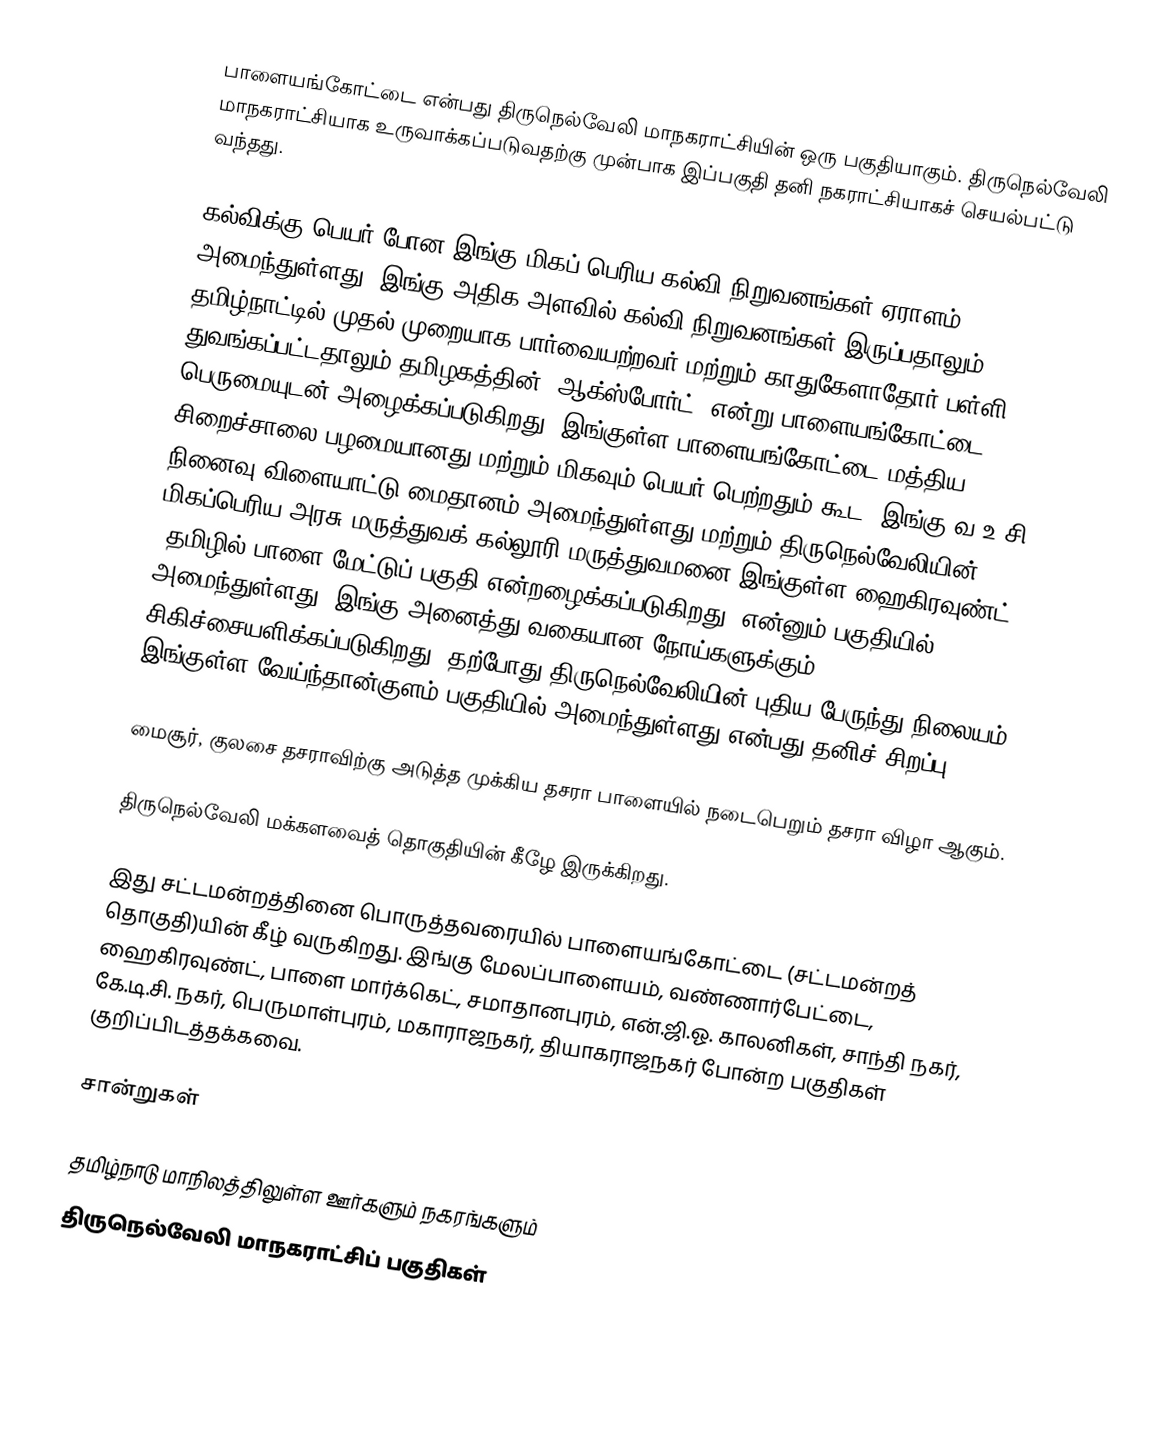
பாளையங்கோட்டை என்பது திருநெல்வேலி மாநகராட்சியின் ஒரு பகுதியாகும். திருநெல்வேலி மாநகராட்சியாக உருவாக்கப்படுவதற்கு முன்பாக இப்பகுதி தனி நகராட்சியாகச் செயல்பட்டு வந்தது.

கல்விக்கு பெயர் போன இங்கு மிகப் பெரிய கல்வி நிறுவனங்கள் ஏராளம் அமைந்துள்ளது. இங்கு அதிக அளவில் கல்வி நிறுவனங்கள் இருப்பதாலும் தமிழ்நாட்டில் முதல் முறையாக பார்வையற்றவர் மற்றும் காதுகேளாதோர் பள்ளி துவங்கப்பட்டதாலும் தமிழகத்தின் "ஆக்ஸ்போர்ட்” என்று பாளையங்கோட்டை பெருமையுடன் அழைக்கப்படுகிறது. இங்குள்ள பாளையங்கோட்டை மத்திய சிறைச்சாலை பழமையானது மற்றும் மிகவும் பெயர் பெற்றதும் கூட. இங்கு வ.உ.சி. நினைவு விளையாட்டு மைதானம் அமைந்துள்ளது மற்றும் திருநெல்வேலியின் மிகப்பெரிய அரசு மருத்துவக் கல்லூரி மருத்துவமனை இங்குள்ள ஹைகிரவுண்ட் (தமிழில் பாளை மேட்டுப் பகுதி என்றழைக்கப்படுகிறது) என்னும் பகுதியில் அமைந்துள்ளது. இங்கு அனைத்து வகையான நோய்களுக்கும் சிகிச்சையளிக்கப்படுகிறது. தற்போது திருநெல்வேலியின் புதிய பேருந்து நிலையம் இங்குள்ள வேய்ந்தான்குளம் பகுதியில் அமைந்துள்ளது என்பது தனிச் சிறப்பு.

மைசூர், குலசை தசராவிற்கு அடுத்த முக்கிய தசரா பாளையில் நடைபெறும் தசரா விழா ஆகும்.

திருநெல்வேலி மக்களவைத் தொகுதியின் கீழே இருக்கிறது.

இது சட்டமன்றத்தினை பொருத்தவரையில் பாளையங்கோட்டை (சட்டமன்றத் தொகுதி)யின் கீழ் வருகிறது. இங்கு மேலப்பாளையம்,  வண்ணார்பேட்டை, ஹைகிரவுண்ட், பாளை மார்க்கெட், சமாதானபுரம், என்.ஜி.ஓ. காலனிகள், சாந்தி நகர், கே.டி.சி. நகர், பெருமாள்புரம், மகாராஜநகர், தியாகராஜநகர் போன்ற பகுதிகள் குறிப்பிடத்தக்கவை.

சான்றுகள்

தமிழ்நாடு மாநிலத்திலுள்ள ஊர்களும் நகரங்களும்
திருநெல்வேலி மாநகராட்சிப் பகுதிகள்